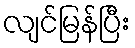
လျင်မြန်ပြီး